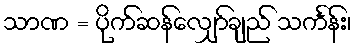
သာဏ = ပိုက်ဆန်လျှော်ချည် သင်္ကန်း၊